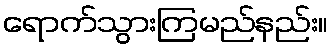
ရောက်သွားကြမည်နည်း။